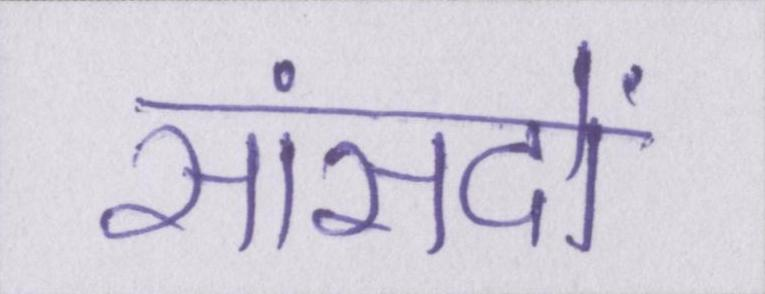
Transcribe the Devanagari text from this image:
सांसदों